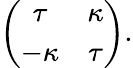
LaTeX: \left(\begin{array}{cc}{\tau}&{\kappa}\\ {-\kappa}&{\tau}\end{array}\right).